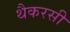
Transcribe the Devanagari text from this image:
थैकरसी